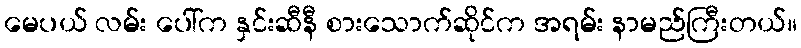
မေပယ် လမ်း ပေါ်က နှင်းဆီနီ စားသောက်ဆိုင်က အရမ်း နာမည်ကြီးတယ်။